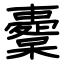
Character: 櫜